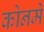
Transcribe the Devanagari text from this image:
कोनमे